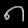
Digit: ၈